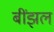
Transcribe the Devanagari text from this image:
बींझल